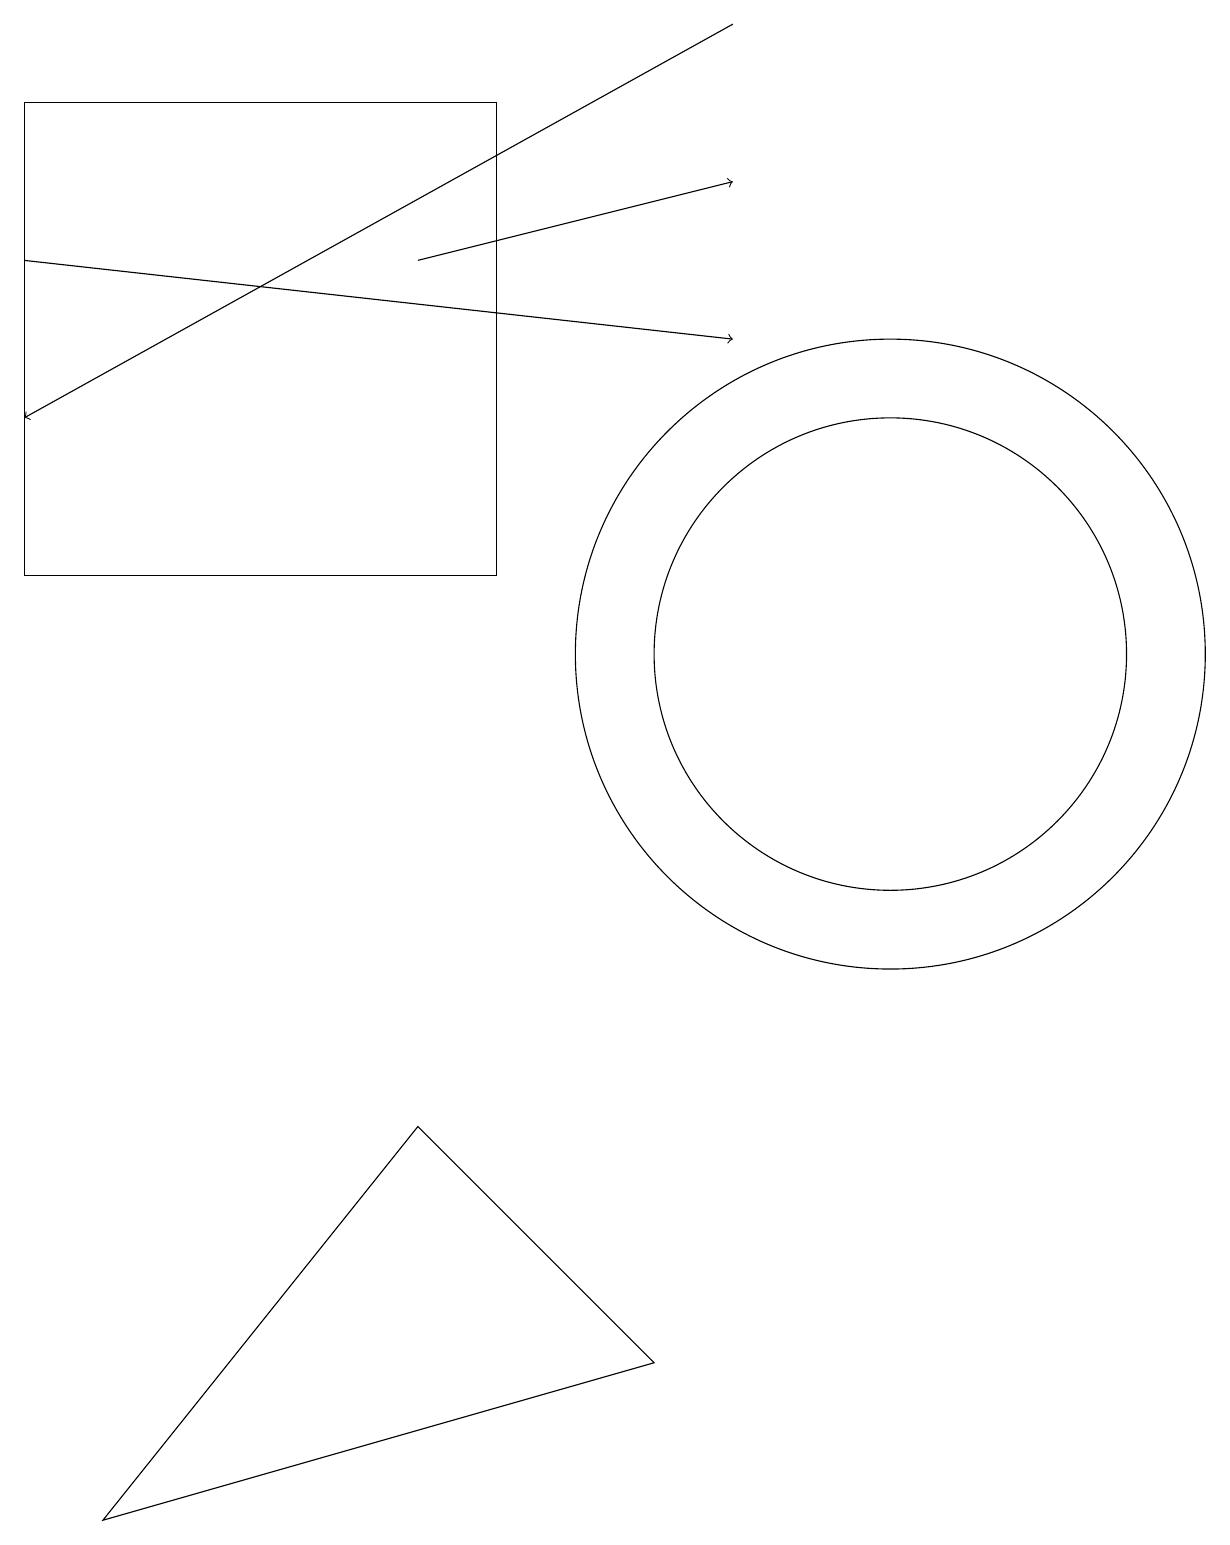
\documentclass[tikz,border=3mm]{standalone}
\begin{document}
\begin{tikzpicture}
\draw (11,11) circle (4);
\draw (5,5) -- (8,2) -- (1,0) -- cycle;
\draw[->] (9,19) -- (0,14);
\draw[->] (0,16) -- (9,15);
\draw (6,18) rectangle (0,12);
\draw[->] (5,16) -- (9,17);
\draw (11,11) circle (3);
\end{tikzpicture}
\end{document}